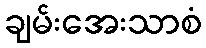
ချမ်းအေးသာစံ